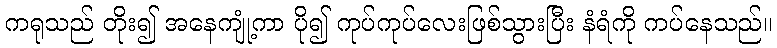
ကရုသည် တိုး၍ အနေကျုံ့ကာ ပို၍ ကုပ်ကုပ်လေးဖြစ်သွားပြီး နံရံကို ကပ်နေသည်။